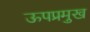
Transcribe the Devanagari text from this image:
ऊपप्रमुख